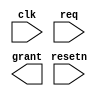
`timescale 1ns / 1ps
//////////////////////////////////////////////////////////////////////////////////
// Module Name: RR_arbiter.v
// Project Name: RR_arbiter
// Target Devices: xc7k325tffg900-2
// Tool Versions: vivado 2017.4
// Description: round robin arbiter
// Revision: 0.0
//////////////////////////////////////////////////////////////////////////////////
module RR_arbiter
#(
    parameter NUM = 4
)
(
    input  wire             clk   ,
    input  wire             resetn,
    input  wire [NUM-1:0]   req   ,
    output wire [NUM-1:0]   grant
);



endmodule